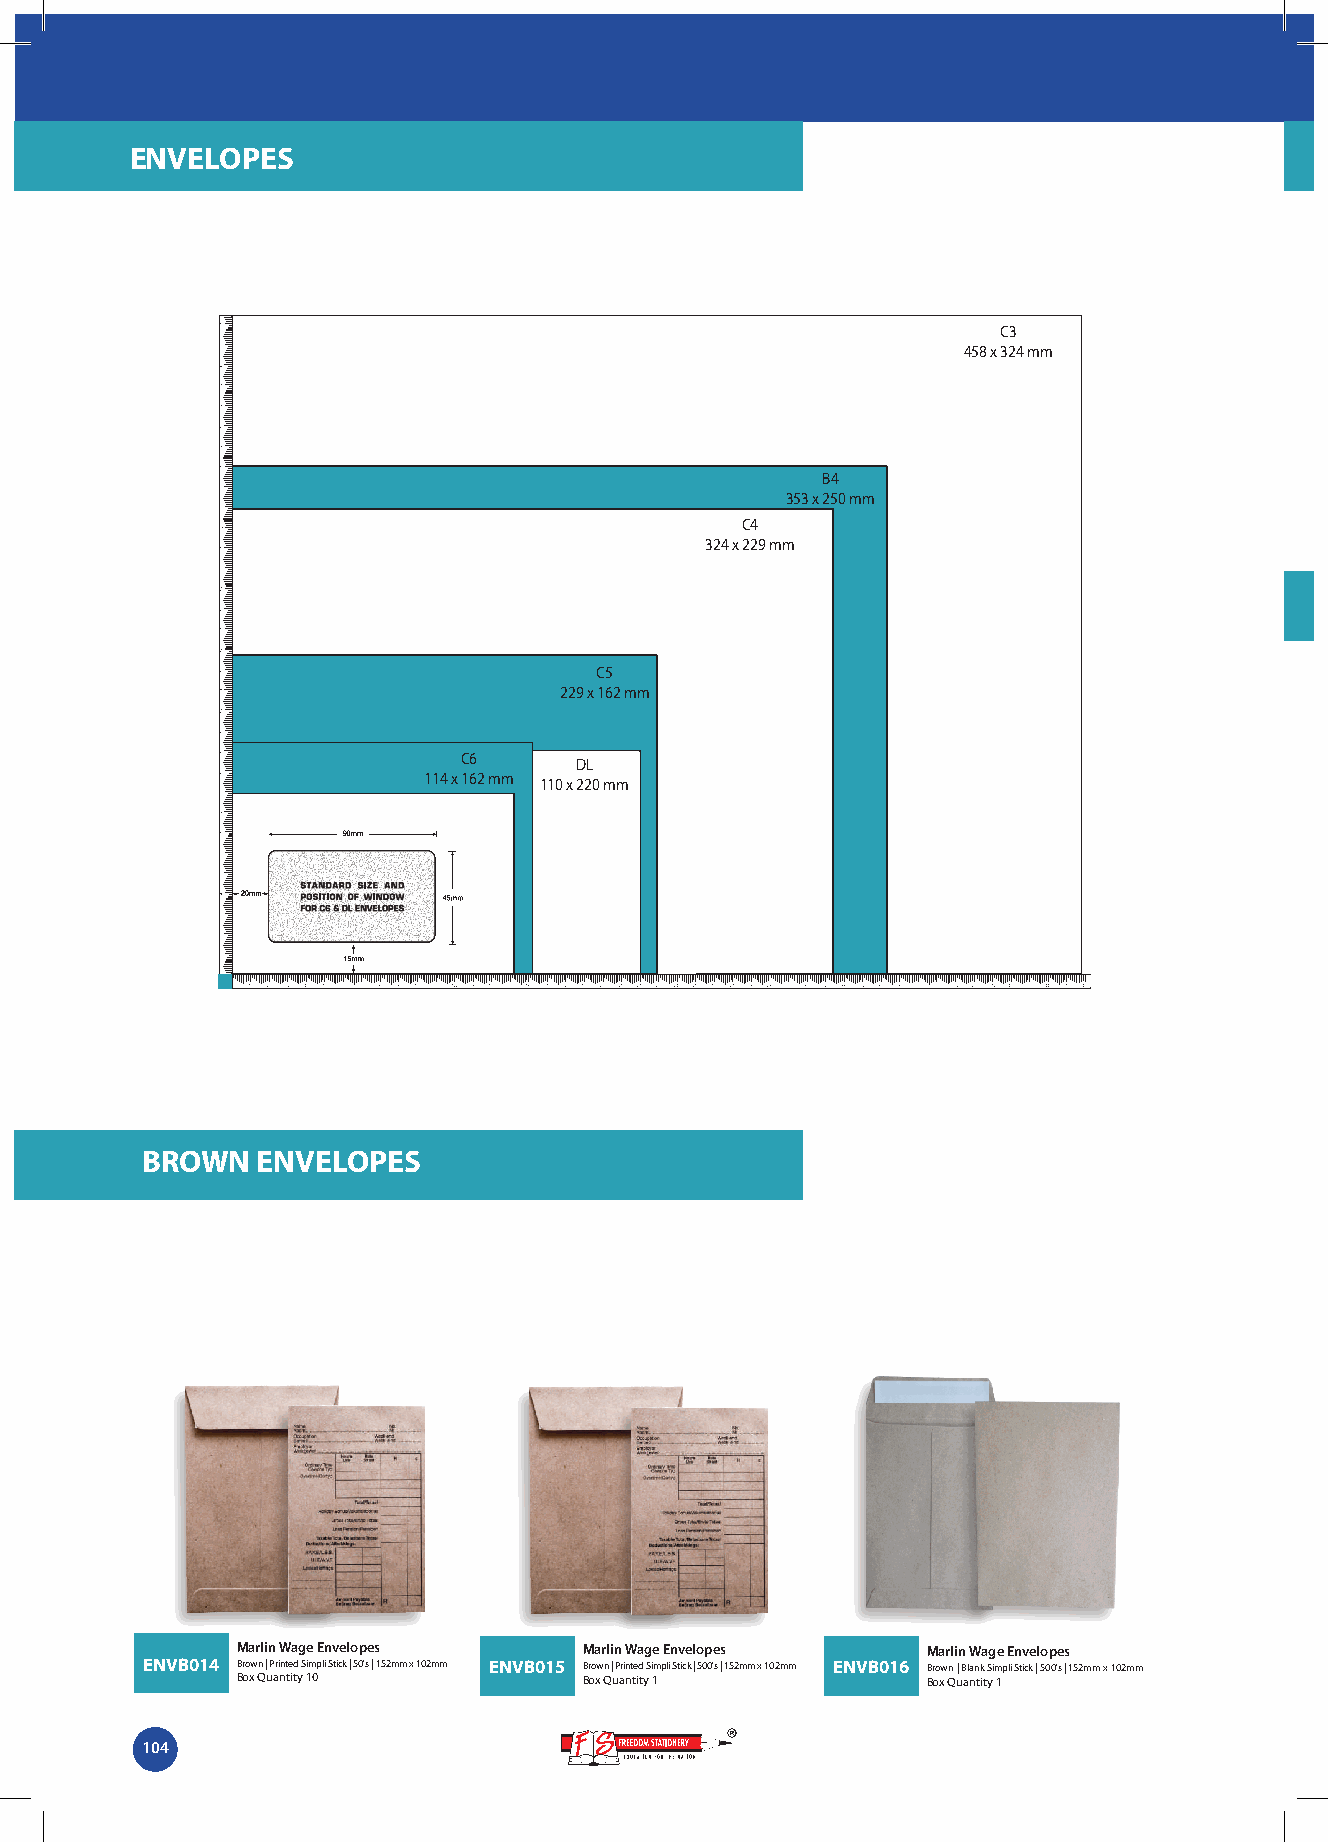
ENVELOPES
 C3
 458 x 324 mm
 B4
 353 x 250 mm
 C4
 324 x 229 mm
 C5
 229 x 162 mm
 C6      DL
 114 x 162 mm 110 x 220 mm
 BROWN   ENVELOPES
 Marlin Wage Envelopes  Marlin Wage Envelopes Marlin Wage Envelopes
 ENVB014 Brown | Printed Simpli Stick | 50's | 152mm x 102mm ENVB015 Brown | Printed Simpli Stick | 500's | 152mm x 102mm ENVB016 Brown | Blank Simpli Stick | 500's | 152mm x 102mm
 Box Quantity 10        Box Quantity 1        Box Quantity 1
 104